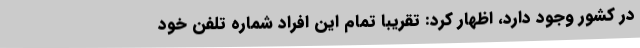
در کشور وجود دارد، اظهار کرد: تقریبا تمام این افراد شماره تلفن خود